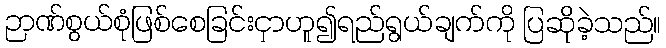
ဉာဏ်စွယ်စုံဖြစ်စေခြင်းငှာဟူ၍ရည်ရွယ်ချက်ကို ပြဆိုခဲ့သည်။